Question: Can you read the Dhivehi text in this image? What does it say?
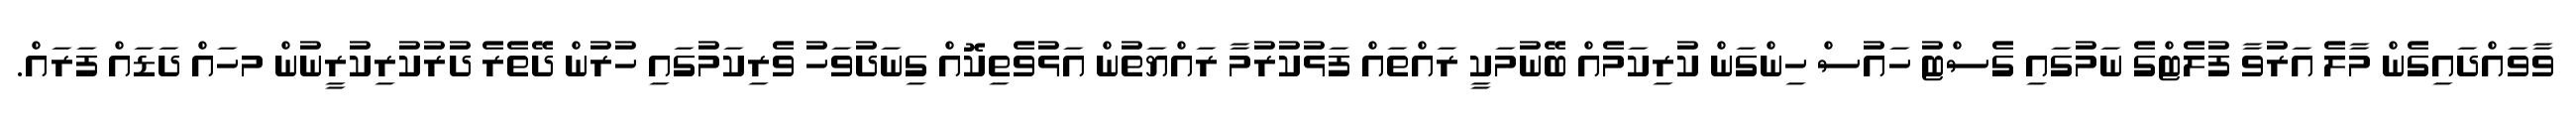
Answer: ވާވައްދައިގެން މާލެ އަރުވާ ފުލެޓްގެ ނަމުގައި ގެސްޓު ހައުސް ހިންގަން ކުރިކަމެއް ބޭނުމަކީ ރައްތައް ފަޅުކުރުމާ ރައްޔަތުން އަޅުވެތިކޮއް ގިނަދުވަހު ވެރިކަމުގައި ހުރުން ދޭތެރެ ދުރުކުރިކުރީނުން މހައް ދަޑައް ފަރައް.